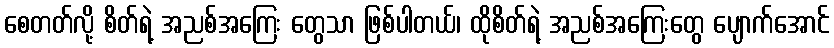
စေတတ်လို့ စိတ်ရဲ့ အညစ်အကြေး တွေသာ ဖြစ်ပါတယ်၊ ထိုစိတ်ရဲ့ အညစ်အကြေးတွေ ပျောက်အောင်